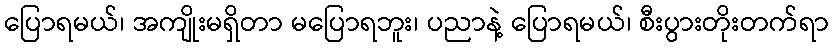
ပြောရမယ်၊ အကျိုးမရှိတာ မပြောရဘူး၊ ပညာနဲ့ ပြောရမယ်၊ စီးပွားတိုးတက်ရာ